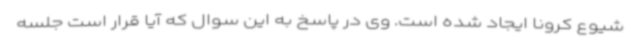
شیوع کرونا ایجاد شده است. وی در پاسخ به این سوال که آیا قرار است جلسه